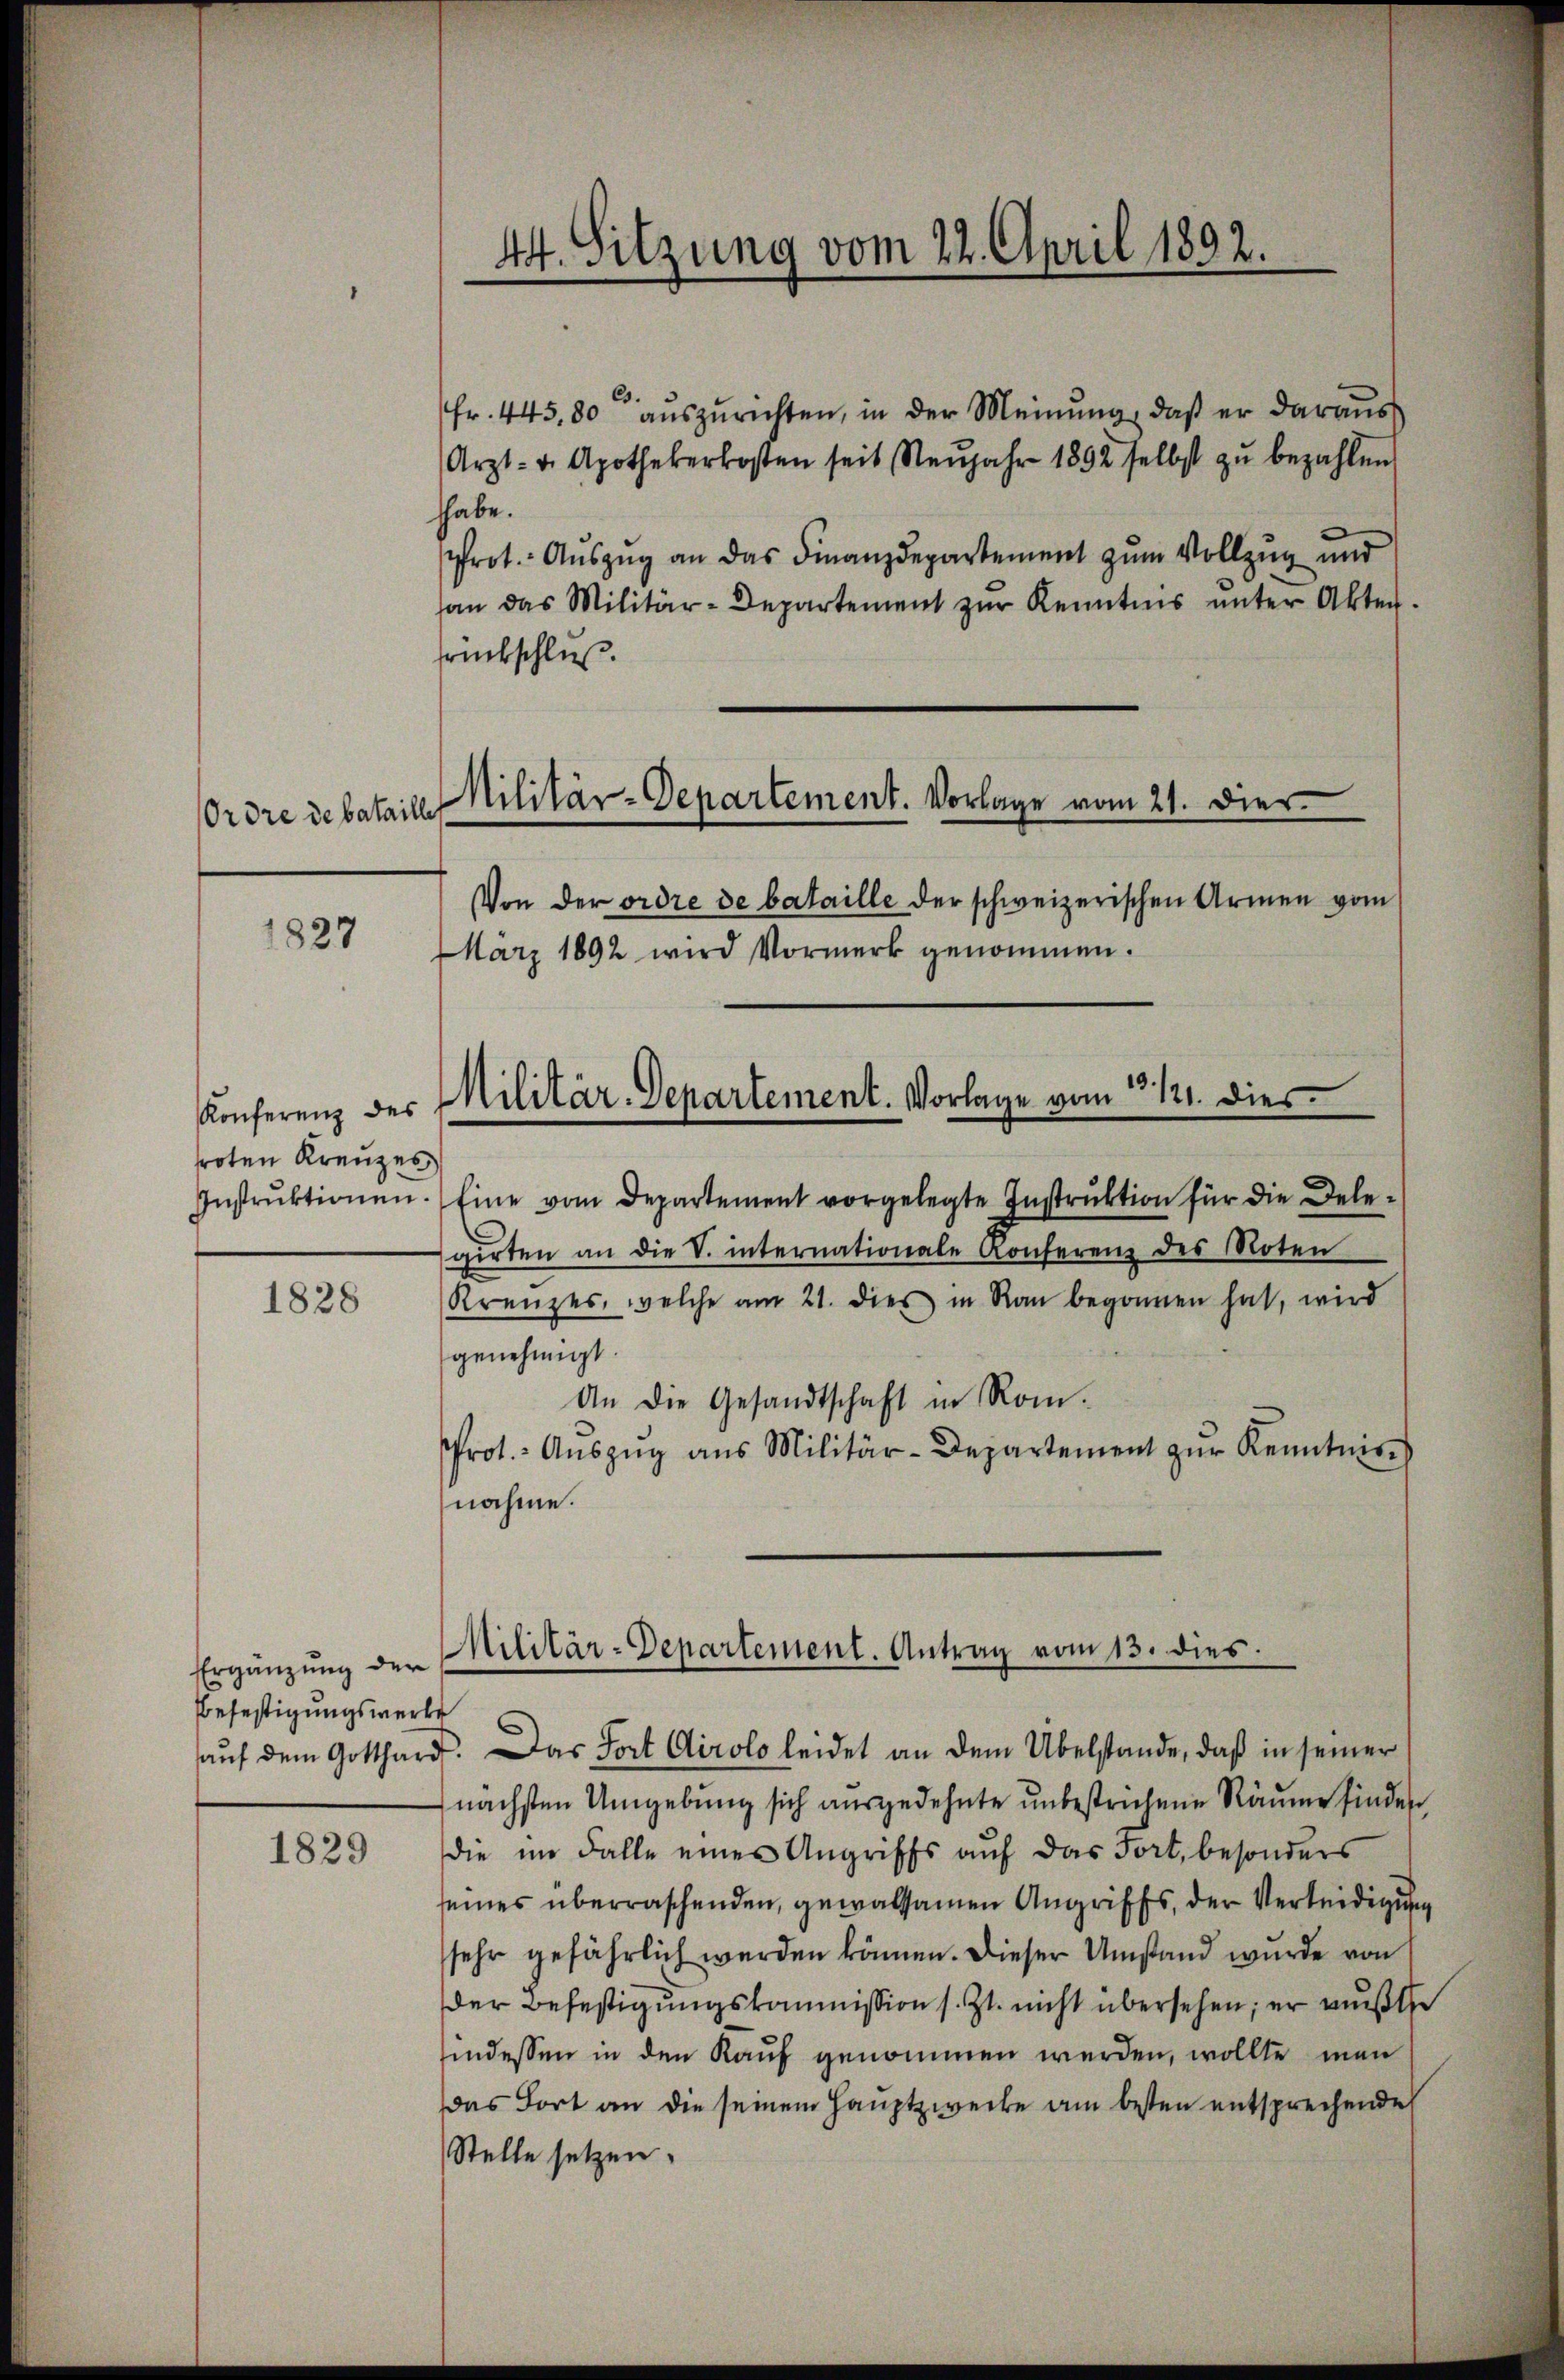
Ordre debataille

1829

Konferenz des
roten Kreuzes

1828

Ergänzung der
Befestigungswerke

1829

44. Sitzung vom 22. April 1892.

Militär-Departement. Vorlage vom 21. Dier.

Von der ordre de bataille der schweizerischen Armen vom
März 1892 wird Vormerk genommen.

Fr. 445. 80 auszurichten, in der Meinung, daß er daraus
Arzt- u. Apothekerkosten seit Neŭjahr 1892 selbst zŭ bezahlen
hhabe.
rot. Aŭszŭg an das Finanzdepartement zum Vollzug und
han das Militär-Departement zŭr Kenntnis ŭnter Akten.
srückschluß.
Instrŭktionen. Eine vom Departement vorgelegte Instrŭktion für die Dele-
girten an die V. internationale Konferenz des Moten
Kreuzes, welche am 21. dies in Ran begonnen hat, wird
genehmigt.
An die Gesandtschaft in Rom.
Prot. Aŭszŭg ans Militär-Departement zŭr Kenntnis
nahme.
Militär-Departement. Antrag vom 13. dies
aŭf dem Gotthard. Das Fort Airolo leidet an dem Übelstande, daß in seiner
nächsten Umgebung sich ausgedehnte unbestrichene Räume finden
die im Falle eines Angriffs auf das Fort, besonders
seines überraschenden, gewaltsamen Angriffs, der Verteidigung
sehr gefährlich werden können. Dieser Umstand wurde von
der Befestigungskommission s. Zt. nicht übersehen; er mußte
hindessen in den Kauf genommen werden, wollte man
das dort an die seinem Hauptzwecke am besten entsprechende
Stelle setzen.

Militär-Departement. Vorlage vom 3. 121. dies